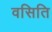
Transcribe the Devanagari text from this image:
वसिति